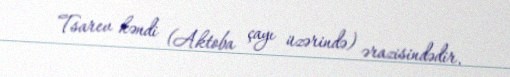
Tsarev kəndi (Aktoba çayı üzərində) ərazisindədir.